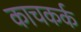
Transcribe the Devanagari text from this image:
काचकर्क